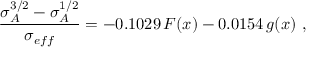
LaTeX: \frac { \sigma _ { A } ^ { 3 / 2 } - \sigma _ { A } ^ { 1 / 2 } } { \sigma _ { e f f } } = - 0 . 1 0 2 9 \, F ( x ) - 0 . 0 1 5 4 \, g ( x ) \ ,